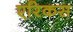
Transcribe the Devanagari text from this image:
एरिकस